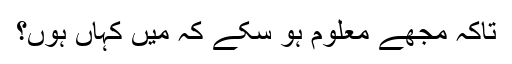
تاکہ مجھے معلوم ہو سکے کہ میں کہاں ہُوں؟